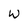
Character: w